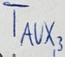
Text: TAUX,3